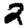
Digit: 2